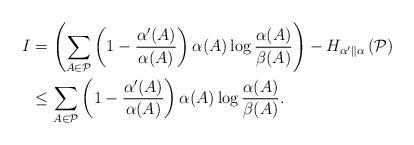
LaTeX: \begin{align*}I & =\left(\sum_{A\in\mathcal{P}}\left(1-\frac{\alpha'(A)}{\alpha(A)}\right)\alpha(A)\log\frac{\alpha(A)}{\beta(A)}\right)-H_{\alpha'\parallel\alpha}\left(\mathcal{P}\right)\\ & \le\sum_{A\in\mathcal{P}}\left(1-\frac{\alpha'(A)}{\alpha(A)}\right)\alpha(A)\log\frac{\alpha(A)}{\beta(A)}.\end{align*}